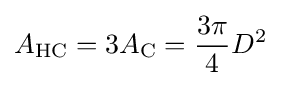
A_{\mathrm {HC} }=3A_{\mathrm {C} }={\frac {3\pi }{4}}D^{2}